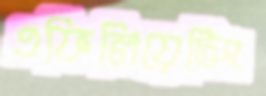
এফিলিয়েটিং